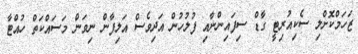
ޒަހަމްކޮށްލި ސެކިއުރިޓީ ގާޑް ސިފައިންނާއި ފުލުހުން އަދިވެސް އަލިފާން ނިވަން މަސައްކަތް ހުއްޓާ